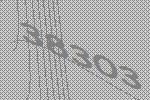
38303